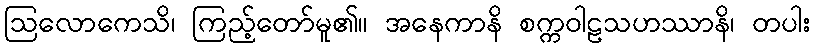
ဩလောကေသိ၊ ကြည့်တော်မူ၏။ အနေကာနိ စက္ကဝါဠသဟဿာနိ၊ တပါး